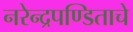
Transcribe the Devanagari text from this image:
नरेन्द्रपण्डिताचे